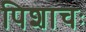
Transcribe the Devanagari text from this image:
पिशाचः